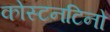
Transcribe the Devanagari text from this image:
कोस्टनटिनो